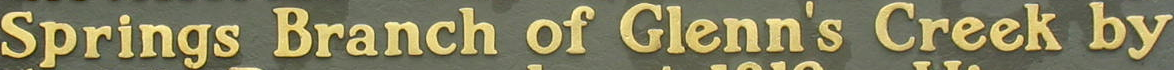
Springs Branch of Glenn's Creek by